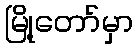
မြို့တော်မှာ